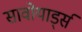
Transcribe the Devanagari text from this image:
सावोयार्ड्स